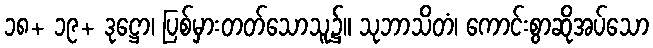
၁၈+ ၁၉+ ဒုဋ္ဌော၊ ပြစ်မှားတတ်သောသူ၌။ သုဘာသိတံ၊ ကောင်းစွာဆိုအပ်သော